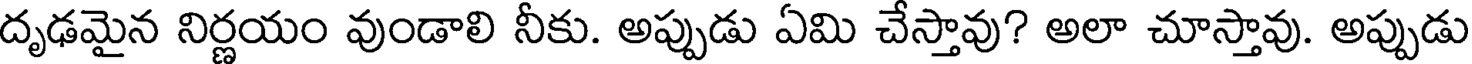
దృఢమైన నిర్ణయం వుండాలి నీకు. అప్పుడు ఏమి చేస్తావు? అలా చూస్తావు. అప్పుడు